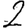
Digit: 2